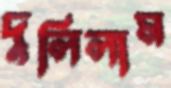
দুলিলাম